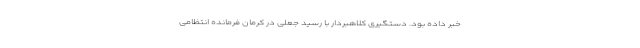
خبر داده بود. دستگیری کلاهبردار با رسید جعلی در کرمان فرمانده انتظامی